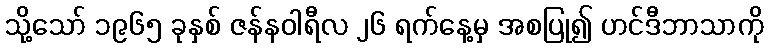
သို့သော် ၁၉၆၅ ခုနှစ် ဇန်နဝါရီလ ၂၆ ရက်နေ့မှ အစပြု၍ ဟင်ဒီဘာသာကို